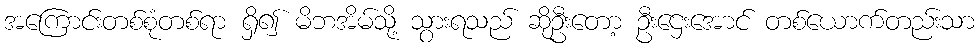
အကြောင်းတစ်စုံတစ်ရာ ရှိ၍ မိဘအိမ်သို့ သွားရသည် ဆိုဦးတော့ ဦးဌေးအောင် တစ်ယောက်တည်းသာ